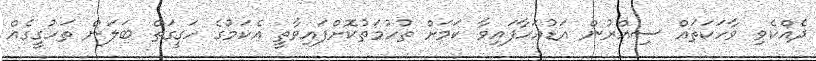
ދެއްކެވި ވާހަކަތައް ސިއްރުން އަޑުއަހާފައިވާ ކަމަށް ތުހުމަތުކޮށްފައިވާތީ އެކަމުގެ ހަގީގަތް ބަލަން ތަހުގީގެއް